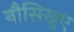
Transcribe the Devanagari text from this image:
नौसिखुए